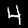
Digit: 4